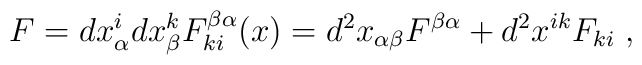
F= dx^i_\alpha dx^k_\beta F^{\beta \alpha}_{ki}(x)=d^2 x_{\alpha\beta}F^{\beta \alpha} + d^2 x^{ik}F_{ki}\;,